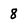
Character: 8